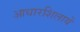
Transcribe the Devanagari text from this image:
आधारशिलायें